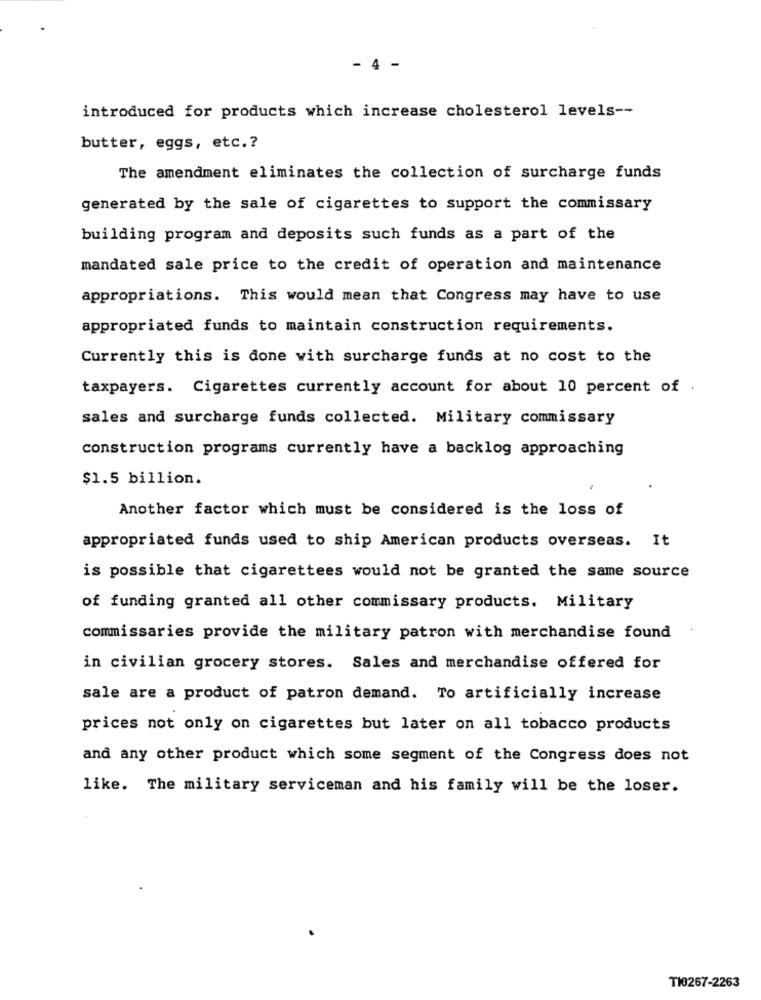
- 4 -
introduced for products which increase cholesterol levels --
butter, eggs, etc .?
The amendment eliminates the collection of surcharge funds
generated by the sale of cigarettes to support the commissary
building program and deposits such funds as a part of the
mandated sale price to the credit of operation and maintenance
appropriations. This would mean that Congress may have to use
appropriated funds to maintain construction requirements.
Currently this is done with surcharge funds at no cost to the
taxpayers. Cigarettes currently account for about 10 percent of .
sales and surcharge funds collected. Military commissary
construction programs currently have a backlog approaching
$1.5 billion.
Another factor which must be considered is the loss of
appropriated funds used to ship American products overseas. It
is possible that cigarettees would not be granted the same source
of funding granted all other commissary products. Military
commissaries provide the military patron with merchandise found
in civilian grocery stores. Sales and merchandise offered for
sale are a product of patron demand. To artificially increase
prices not only on cigarettes but later on all tobacco products
and any other product which some segment of the Congress does not
like. The military serviceman and his family will be the loser.
T10267-2263